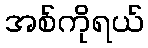
အစ်ကိုရယ်